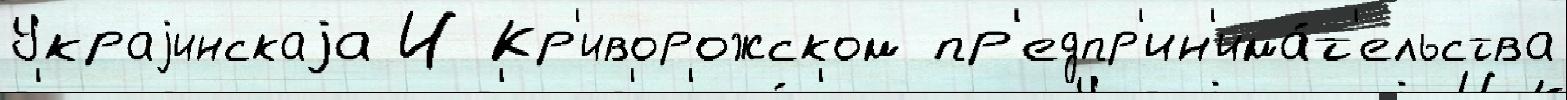
Украjинскаjа И Кр'иворожском пр'едпр'ин'има́т'ельства